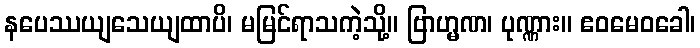
နပေဿယျသေယျထာပိ၊ မမြင်ရာသကဲ့သို့။ ဗြာဟ္မဏ၊ ပုဏ္ဏား။ ဧဝမေဝခေါ၊